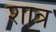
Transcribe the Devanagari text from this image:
शात्र